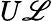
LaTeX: U\mathscr{L}